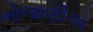
ભોજાણીએ